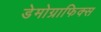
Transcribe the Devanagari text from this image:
डेमोग्राफिक्स